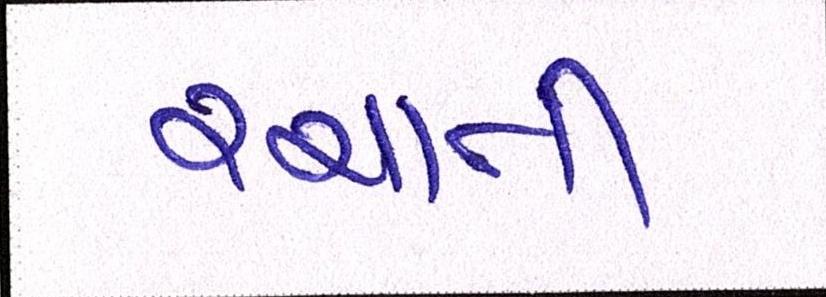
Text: રચાતી